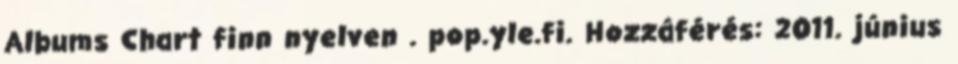
Albums Chart finn nyelven . pop.yle.fi. Hozzáférés: 2011. június